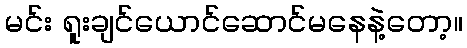
မင်း ရူးချင်ယောင်ဆောင်မနေနဲ့တော့။